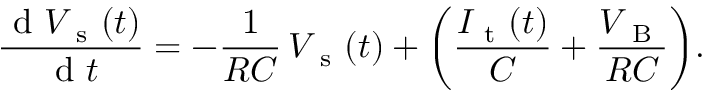
\frac { \mathrm { ~ d ~ } V _ { \mathrm { ~ s ~ } } ( t ) } { \mathrm { ~ d ~ } t } = - \frac { 1 } { R C } \, V _ { \mathrm { ~ s ~ } } ( t ) + \bigg ( \frac { I _ { \mathrm { ~ t ~ } } ( t ) } { C } + \frac { V _ { \mathrm { ~ B ~ } } } { R C } \bigg ) .